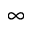
\infty